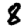
Digit: 8